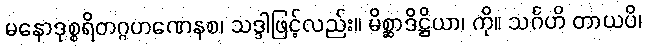
မနောဒုစ္စရိတဂ္ဂဟဏေနစ၊ သဒ္ဒါဖြင့်လည်း။ မိစ္ဆာဒိဋ္ဌိယာ၊ ကို။ သင်္ဂဟိ တာယပိ၊